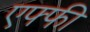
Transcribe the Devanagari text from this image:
एफ्फी